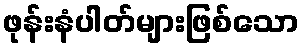
ဖုန်းနံပါတ်များဖြစ်သော